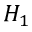
H _ { 1 }